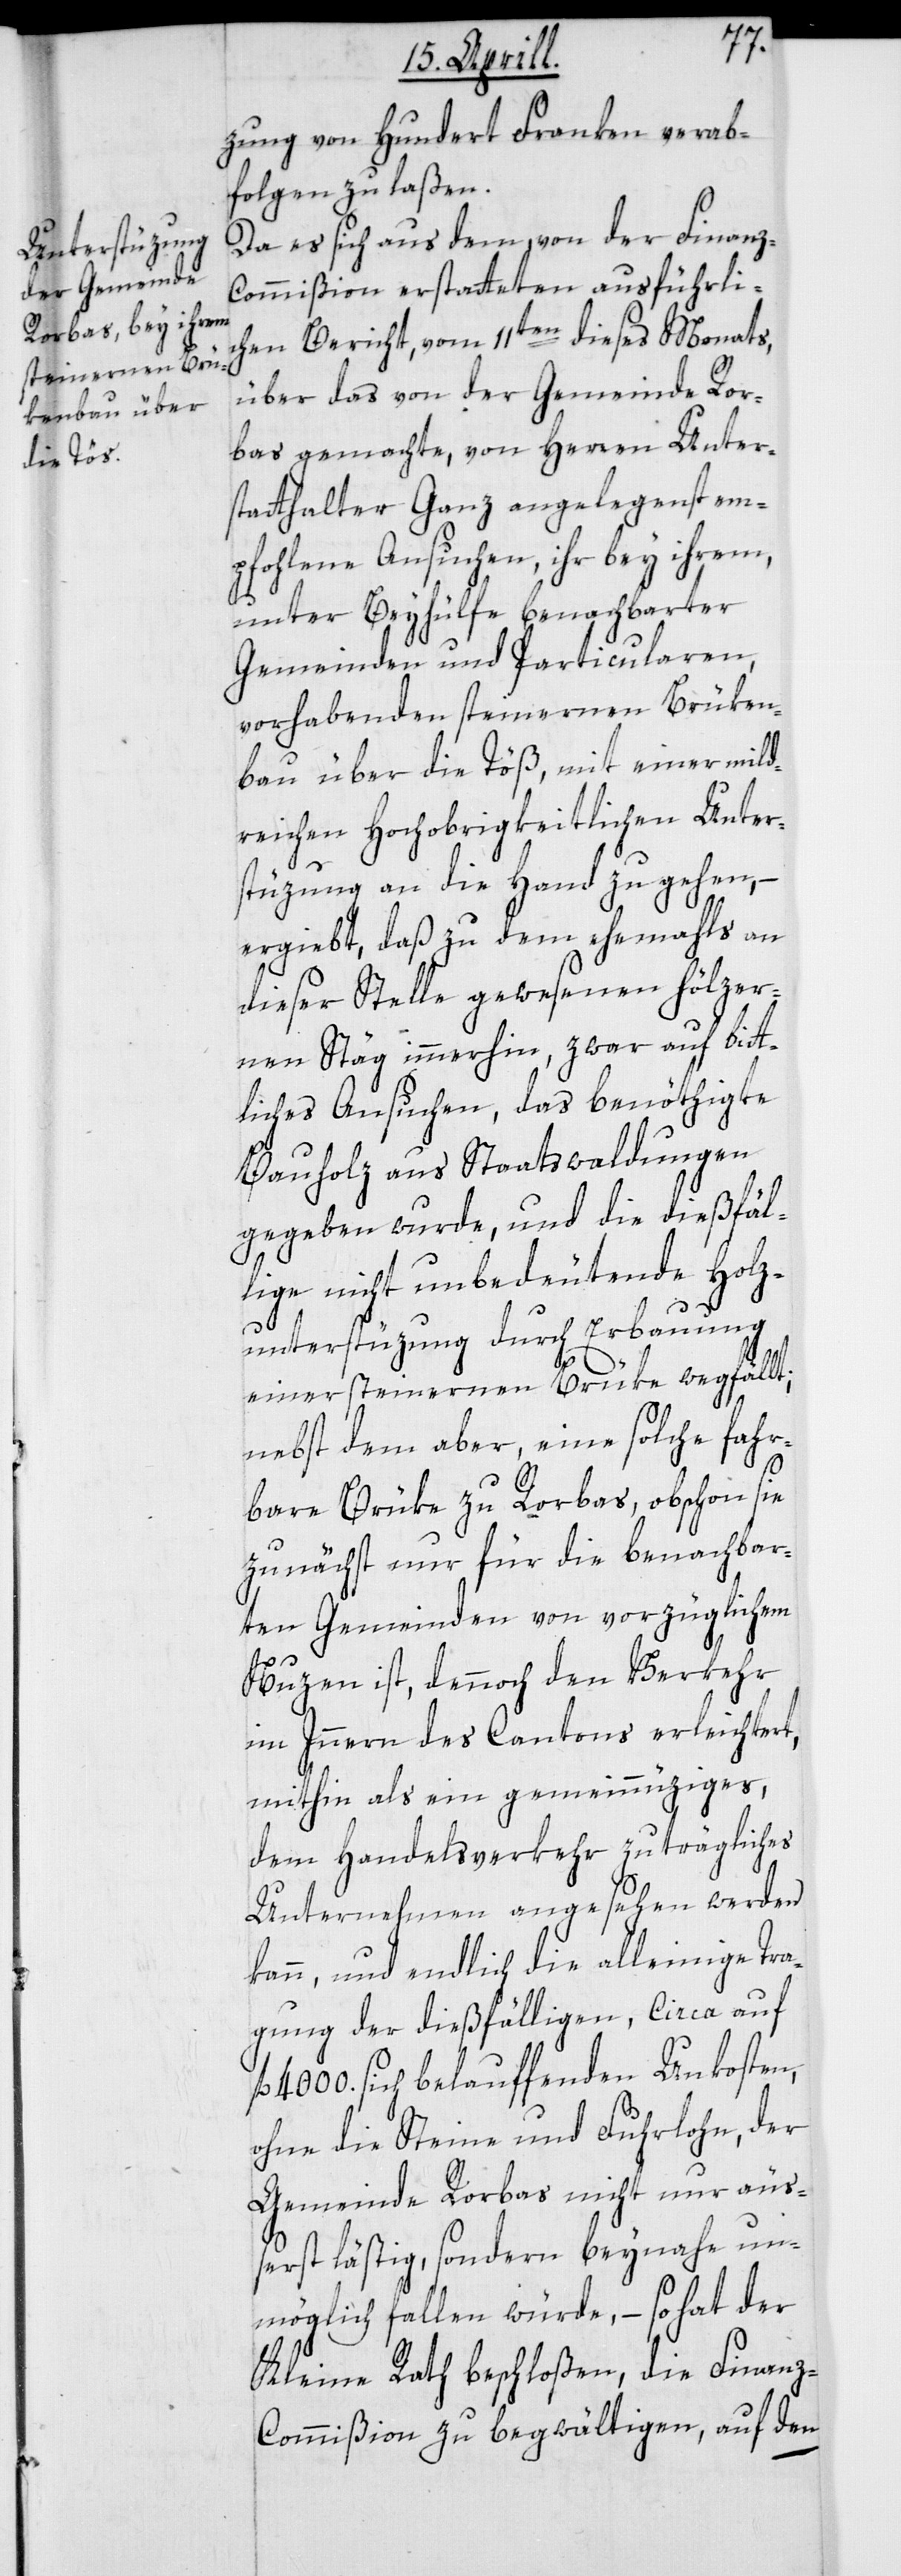
zung von Hundert Franken verab¬
folgen zu laßen.
Da es sich aus dem, von der Finanz-C¬
ommißion erstatteten ausführli¬
chen Bericht, vom 11ten dieses Monats,
über das von der Gemeinde Ror¬
bas gemachte, von Herren Unter¬
statthalter Ganz angelegenst em¬
pfohlene Ansuchen, ihr bey ihrem,
unter Beyhülfe benachbarter
Gemeinden und Particularen,
vorhabenden steinernen Brüken¬
bau über die Töß, mit einer mild¬
reichen Hochobrigkeitlichen Unter¬
stüzung an die Hand zu gehen, –
ergiebt, daß zu dem ehemals an
dieser Stelle gewesenen hölzer¬
nen Stäg immerhin, zwar auf bitt¬
liches Ansuchen, das benöthigte
Bauholz aus Staatswaldungen
gegeben wurde, und die dießfäl¬
lige nicht unbedeutende Holz¬
untersützung durch Erbauung
einer steinernen Brüke wegfällt;
nebst dem aber, eine solche fahr¬
bare Brüke zu Rorbas, obschon sie
zunächst nur für die benachbar¬
ten Gemeinden von vorzüglichem
Nuzen ist, dennoch den Verkehr
im Innern des Cantons erleichtert,
mithin als ein gemeinnüziges,
dem Handelsverkehr zuträgliches
Unternehmen angesehen werden
kann, und endlich die alleinige Tra¬
gung der dießfälligen, Circa auf
4000. sich belauffenden Unkosten,
ohne die Steine und Fuhrlohn, der
Gemeinde Rorbas nicht nur äuß¬
erst lästig, sondern beynahe un¬
möglich fallen würde, – so hat der
Kleine Rath beschloßen, die Finanz-C¬
ommißion zu begwältigen, auf den